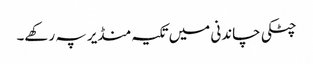
چٹکی چاندنی میں تکیہ منڈیر پہ رکھے۔